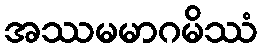
အဿမမာဂမိဿံ